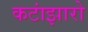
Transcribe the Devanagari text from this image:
कटांझारो